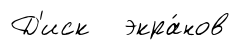
Д'иск экра́нов